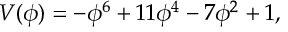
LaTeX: V ( \phi ) = - \phi ^ { 6 } + 1 1 \phi ^ { 4 } - 7 \phi ^ { 2 } + 1 ,